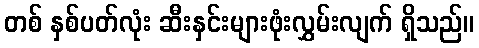
တစ် နှစ်ပတ်လုံး ဆီးနှင်းများဖုံးလွှမ်းလျက် ရှိသည်။